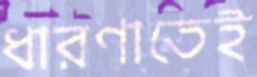
ধারণাতেই